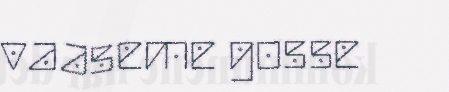
vaaseme gosse